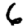
Digit: 6